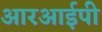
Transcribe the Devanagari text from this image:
आरआईपी